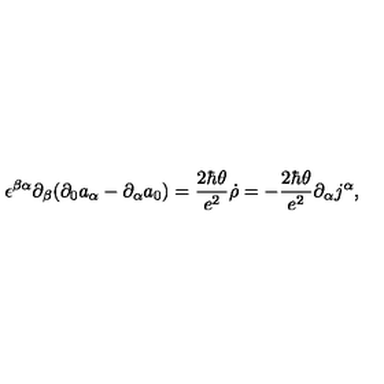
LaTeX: \epsilon ^ { \beta \alpha } \partial _ { \beta } ( \partial _ { 0 } a _ { \alpha } - \partial _ { \alpha } a _ { 0 } ) = { \frac { 2 \hbar \theta } { e ^ { 2 } } } \dot { \rho } = - { \frac { 2 \hbar \theta } { e ^ { 2 } } } \partial _ { \alpha } j ^ { \alpha } ,